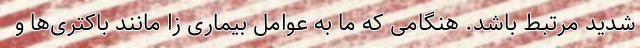
شدید مرتبط باشد. هنگامی که ما به عوامل بیماری زا مانند باکتری‌ها و